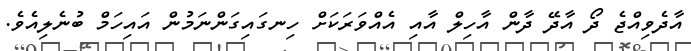
އާދެވިއްޖެ ދޯ އާދޭ ދާން އާހިލް އާއި އެއްވަރަކަށް ހިނގައިގަންނަމުން އައިހަމް ބުނެލިއެވެ.